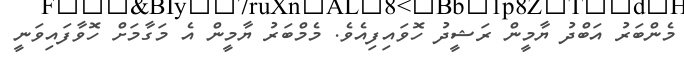
މެންބަރު އަބްދު ޔާމީން ރަޝީދު ހޮވައިފިއެވެ. މެމްބަރު ޔާމީން އެ މަގާމަށް ހޮވާފައިވަނީ